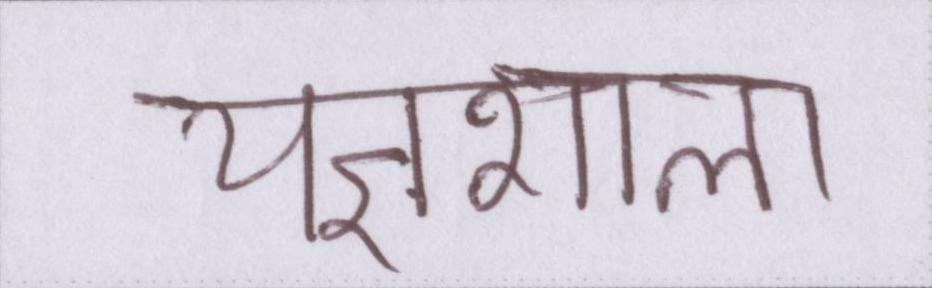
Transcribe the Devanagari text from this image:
यज्ञशाला